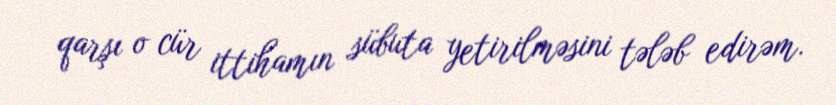
qarşı o cür ittihamın sübuta yetirilməsini tələb edirəm.